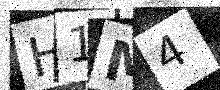
Text: H1M4